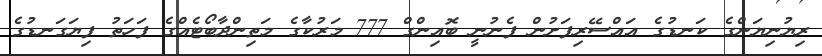
ރިޔުނިޔަންގެ ކަނޑުގެ އައްސޭރިފަށުން ފެނުނީ ބޮއިންގް 777 މަރުކާގެ މަތިންދާބޯޓެއްގެ ފަހަތު ފިޔަގަނޑުގެ